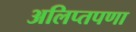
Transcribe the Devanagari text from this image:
अलिप्तपणा